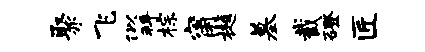
聚飞似拜棕甯樾墓截磴匠